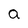
Character: a